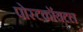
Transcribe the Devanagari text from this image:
पोस्टकॉयटल